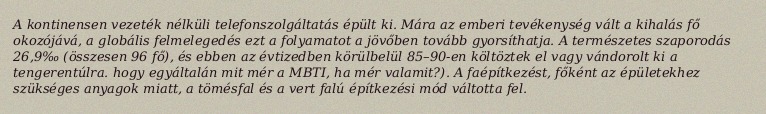
A kontinensen vezeték nélküli telefonszolgáltatás épült ki. Mára az emberi tevékenység vált a kihalás fő okozójává, a globális felmelegedés ezt a folyamatot a jövőben tovább gyorsíthatja. A természetes szaporodás 26,9‰ (összesen 96 fő), és ebben az évtizedben körülbelül 85–90-en költöztek el vagy vándorolt ki a tengerentúlra. hogy egyáltalán mit mér a MBTI, ha mér valamit?). A faépítkezést, főként az épületekhez szükséges anyagok miatt, a tömésfal és a vert falú építkezési mód váltotta fel.